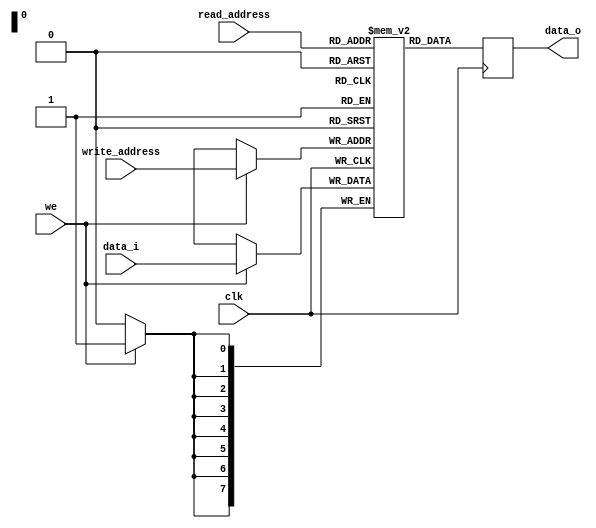
module ram_16#(
    parameter DATA_WIDTH = 8,                   
    parameter ADDR_WIDTH = 8                    
    )(
    input                       clk,
    input                       we,
    input   [(ADDR_WIDTH-1):0]  read_address,
    input   [(ADDR_WIDTH-1):0]  write_address,
    input   [(DATA_WIDTH-1):0]  data_i,
    output  [(DATA_WIDTH-1):0]  data_o
    );
    localparam RAM_DEPTH = 1 << ADDR_WIDTH;       
    reg [(DATA_WIDTH-1):0] mem [0:(RAM_DEPTH-1)];
    reg [(DATA_WIDTH-1):0] data_o_reg;
    assign data_o = data_o_reg;
    always @(posedge clk) begin
        data_o_reg <= mem[read_address];
        if (we)
            mem[write_address] <= data_i;
    end
endmodule